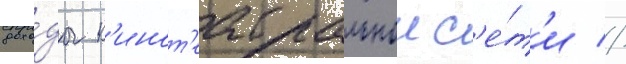
дохо́ды к'инот'еатральнои с'е́т'и //